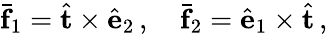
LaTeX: \bar{\mathbf f}_{1}=\hat{\mathbf t}\times\hat{\mathbf e}_{2}\, ,\quad\bar{\mathbf f}_{2}=\hat{\mathbf e}_{1}\times\hat{\mathbf t}\, ,